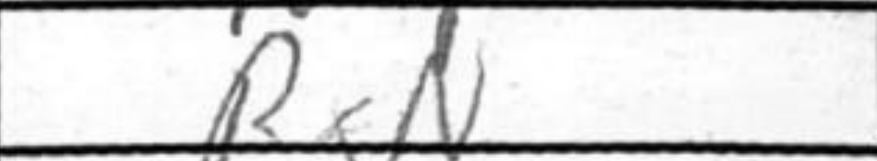
Transcription: RxN